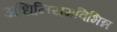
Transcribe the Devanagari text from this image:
अधिनियमविभिन्न